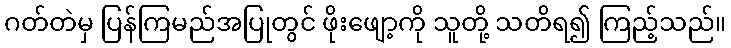
ဂတ်တဲမှ ပြန်ကြမည်အပြုတွင် ဖိုးဖျော့ကို သူတို့ သတိရ၍ ကြည့်သည်။